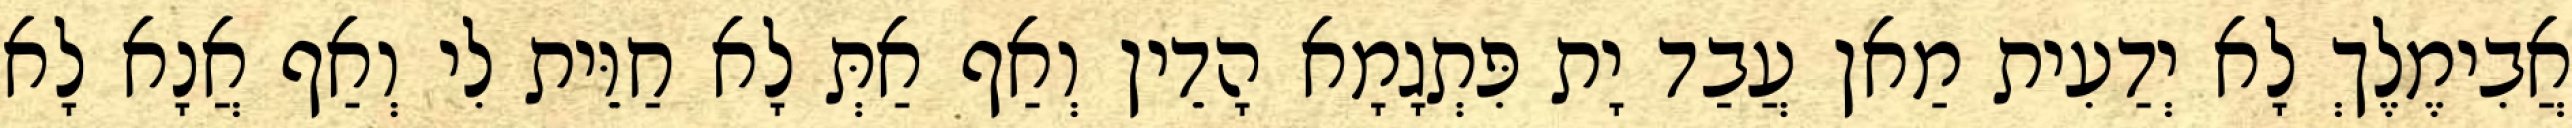
אֲבִימֶלֶךְ לָא יְדַעִית מַאן עֲבַד יָת פִּתְגָמָא הָדֵין וְאַף אַתְּ לָא חַוֵּית לִי וְאַף אֲנָא לָא